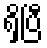
ရှိပြီ